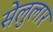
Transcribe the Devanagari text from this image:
सेलुलार